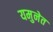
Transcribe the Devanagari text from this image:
यमुनेत